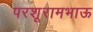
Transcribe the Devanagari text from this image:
परशूरामभाऊ